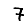
Digit: 7